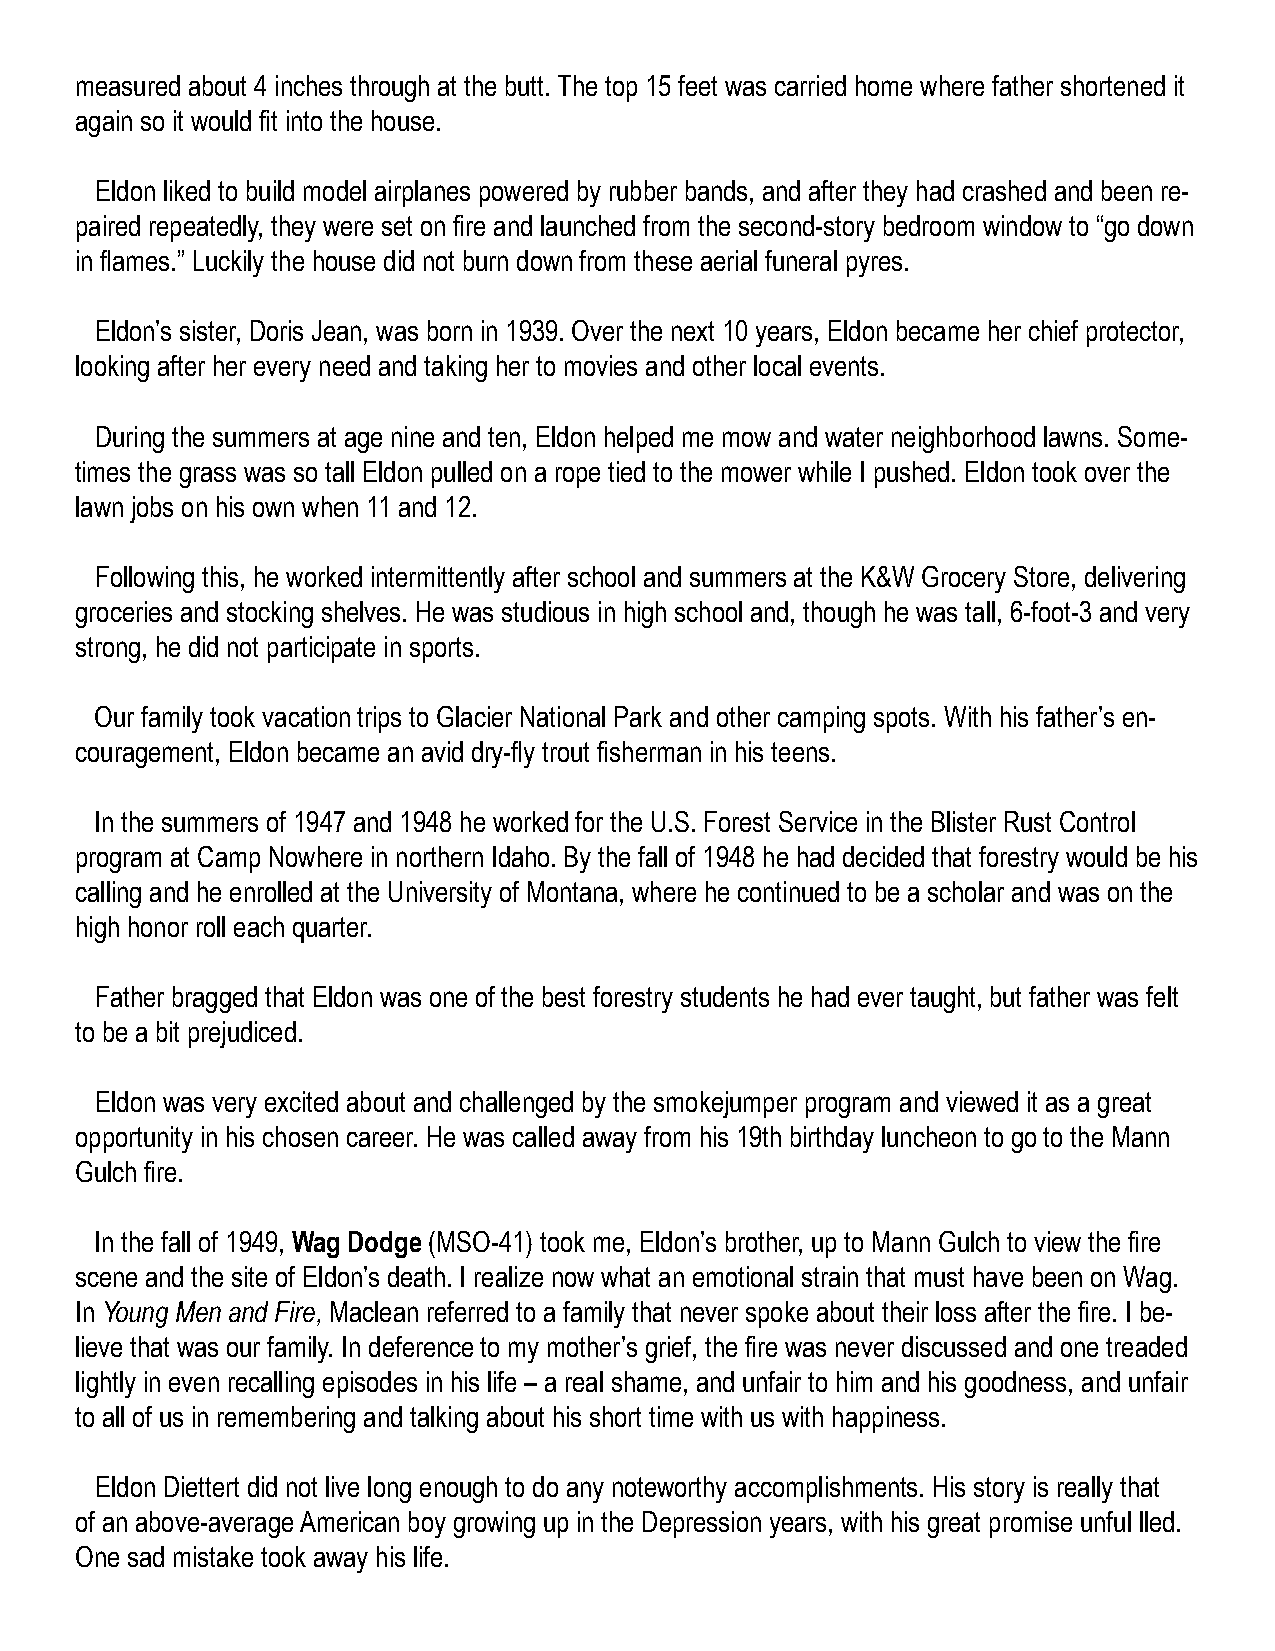
measured about 4 inches through at the butt. The top 15 feet was carried home where father shortened it
 again so it would fit into the house.
 Eldon liked to build model airplanes powered by rubber bands, and after they had crashed and been re-
 paired repeatedly, they were set on fire and launched from the second-story bedroom window to “go down
 in flames.” Luckily the house did not burn down from these aerial funeral pyres.
 Eldon’s sister, Doris Jean, was born in 1939. Over the next 10 years, Eldon became her chief protector,
 looking after her every need and taking her to movies and other local events.
 During the summers at age nine and ten, Eldon helped me mow and water neighborhood lawns. Some-
 times the grass was so tall Eldon pulled on a rope tied to the mower while I pushed. Eldon took over the
 lawn jobs on his own when 11 and 12.
 Following this, he worked intermittently after school and summers at the K&W Grocery Store, delivering
 groceries and stocking shelves. He was studious in high school and, though he was tall, 6-foot-3 and very
 strong, he did not participate in sports.
 Our family took vacation trips to Glacier National Park and other camping spots. With his father’s en-
 couragement, Eldon became an avid dry-fly trout fisherman in his teens.
 In the summers of 1947 and 1948 he worked for the U.S. Forest Service in the Blister Rust Control
 program at Camp Nowhere in northern Idaho. By the fall of 1948 he had decided that forestry would be his
 calling and he enrolled at the University of Montana, where he continued to be a scholar and was on the
 high honor roll each quarter.
 Father bragged that Eldon was one of the best forestry students he had ever taught, but father was felt
 to be a bit prejudiced.
 Eldon was very excited about and challenged by the smokejumper program and viewed it as a great
 opportunity in his chosen career. He was called away from his 19th birthday luncheon to go to the Mann
 Gulch fire.
 In the fall of 1949, Wag Dodge (MSO-41) took me, Eldon’s brother, up to Mann Gulch to view the fire
 scene and the site of Eldon’s death. I realize now what an emotional strain that must have been on Wag.
 In Young Men and Fire, Maclean referred to a family that never spoke about their loss after the fire. I be-
 lieve that was our family. In deference to my mother’s grief, the fire was never discussed and one treaded
 lightly in even recalling episodes in his life – a real shame, and unfair to him and his goodness, and unfair
 to all of us in remembering and talking about his short time with us with happiness.
 Eldon Diettert did not live long enough to do any noteworthy accomplishments. His story is really that
 of an above-average American boy growing up in the Depression years, with his great promise unful lled.
 One sad mistake took away his life.